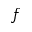
f